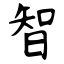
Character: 智